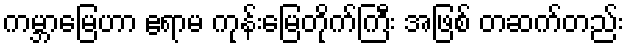
ကမ္ဘာမြေဟာ ဧရာမ ကုန်းမြေတိုက်ကြီး အဖြစ် တဆက်တည်း